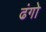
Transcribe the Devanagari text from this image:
ढंगो